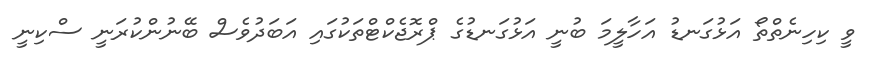
ވީ ކިހިނެތްތޯ އަޅުގަނޑު އަހާލީމަ ބުނީ އަޅުގަނޑުގެ ޕްރޮޖެކްޓްތަކުގައި އަބަދުވެސް ބޭނުންކުރަނީ ސްކިނީ